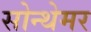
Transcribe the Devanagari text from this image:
सोन्थेमर